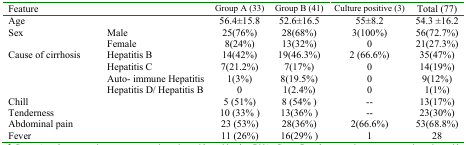
<table><thead><tr><td colspan="2"><b>Feature</b></td><td><b>Group A (33)</b></td><td><b>Group B (41)</b></td><td><b>Culture positive (3)</b></td><td><b>Total (77)</b></td></tr></thead><tbody><tr><td colspan="2">Age </td><td>56.4±15.8</td><td>52.6±16.5</td><td>55±8.2</td><td>54.3 ±16.2</td></tr><tr><td rowspan="2">Sex </td><td>Male</td><td>25(76%)</td><td>28(68%)</td><td>3(100%)</td><td>56(72.7%)</td></tr><tr><td>Female</td><td>8(24%)</td><td>13(32%)</td><td>0</td><td>21(27.3%)</td></tr><tr><td rowspan="4">Cause of cirrhosis</td><td>Hepatitis B</td><td>14(42%)</td><td>19(46.3%)</td><td>2 (66.6%)</td><td>35(47%)</td></tr><tr><td>Hepatitis C</td><td>7(21.2%)</td><td>7(17%)</td><td>0</td><td>14(19%)</td></tr><tr><td>Auto- immune Hepatitis</td><td>1(3%)</td><td>8(19.5%)</td><td>0</td><td>9(12%)</td></tr><tr><td>Hepatitis D/ Hepatitis B</td><td>0</td><td>1(2.4%)</td><td>0</td><td>1(1%)</td></tr><tr><td colspan="2">Chill</td><td>5 (51%)</td><td>8 (54% )</td><td>--</td><td>13(17%)</td></tr><tr><td colspan="2">Tenderness</td><td>10 (33% )</td><td>13(36% )</td><td>--</td><td>23(30%)</td></tr><tr><td colspan="2">Abdominal pain</td><td>23 (53%)</td><td>28(36%)</td><td>2(66.6%)</td><td>53(68.8%)</td></tr><tr><td colspan="2">Fever</td><td>11 (26%)</td><td>16(29% )</td><td>1</td><td>28</td></tr></tbody></table>